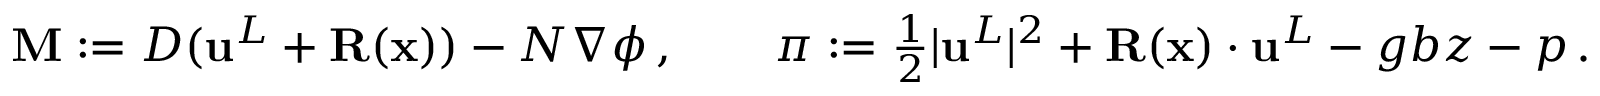
\begin{array} { r } { { \mathbf { M } } : = D ( { \mathbf { u } } ^ { L } + { \mathbf { R } } ( { \mathbf { x } } ) ) - N \nabla \phi \, , \qquad \pi : = \frac 1 2 | { \mathbf { u } } ^ { L } | ^ { 2 } + { \mathbf { R } } ( { \mathbf { x } } ) \cdot { \mathbf { u } } ^ { L } - g b z - p \, . } \end{array}